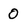
Character: 0